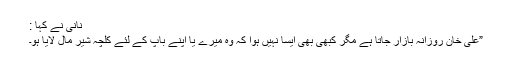
نانی نے کہا :
”علی خان روزانہ بازار جاتا ہے مگر کبھی بھی ایسا نہیں ہوا کہ وہ میرے یا اپنے باپ کے لئے کلچہ شیر مال لایا ہو۔